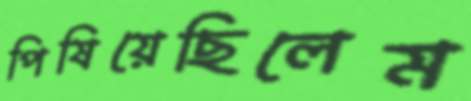
পিষিয়েছিলেম